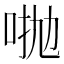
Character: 𠴋